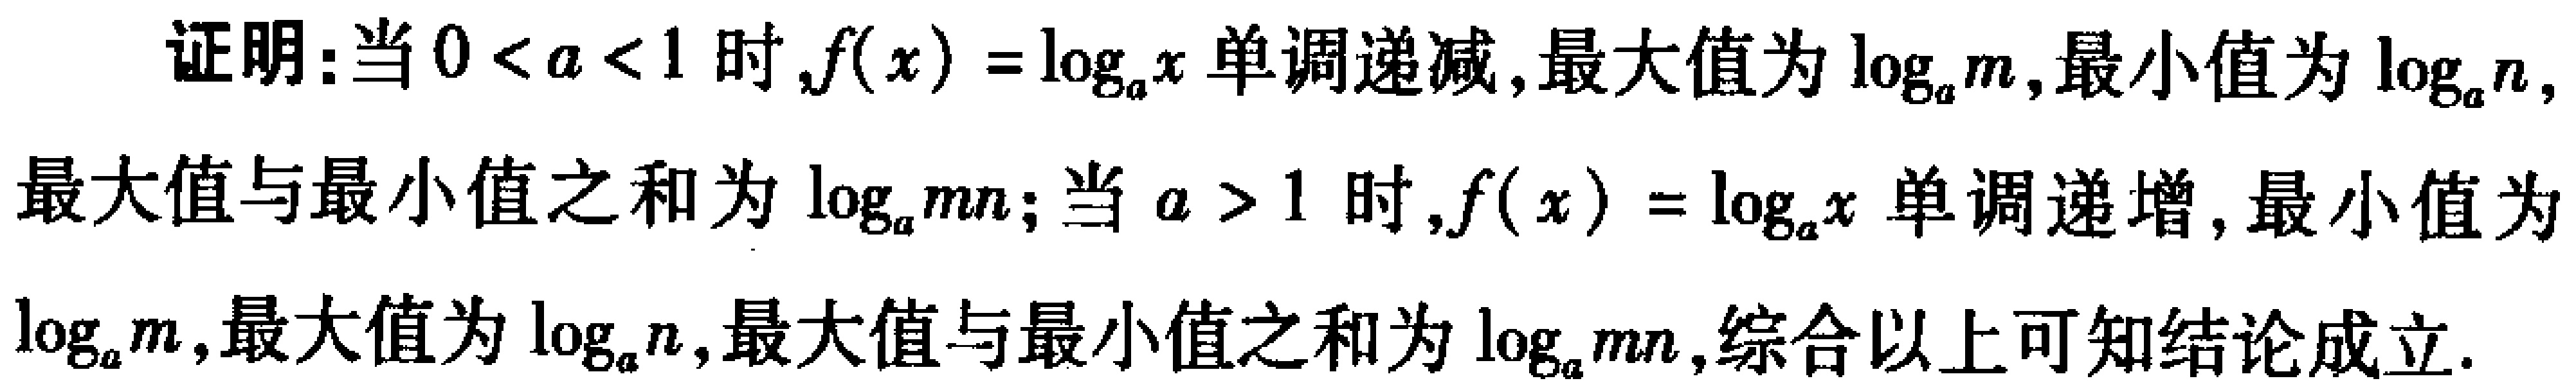
证明：当\(0 < a < 1\)时，\(f(x)=\log_{a}x\)单调递减，最大值为\(\log_{a}m\)，最小值为\(\log_{a}n\)，最大值与最小值之和为\(\log_{a}mn\)；当\(a > 1\)时，\(f(x)=\log_{a}x\)单调递增，最小值为\(\log_{a}m\)，最大值为\(\log_{a}n\)，最大值与最小值之和为\(\log_{a}mn\)，综合以上可知结论成立。